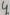
Text: 4